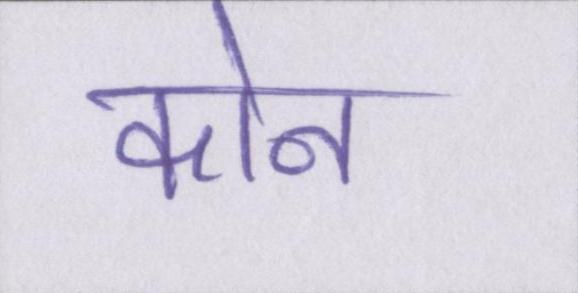
कोन